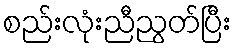
စည်းလုံးညီညွတ်ပြီး